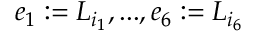
e _ { 1 } : = L _ { i _ { 1 } } , . . . , e _ { 6 } : = L _ { i _ { 6 } }